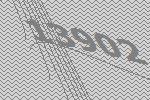
13902